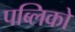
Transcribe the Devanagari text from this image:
पब्लिको